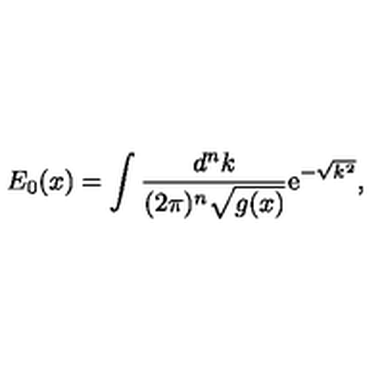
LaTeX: E _ { 0 } ( x ) = \int \frac { d ^ { n } k } { ( 2 \pi ) ^ { n } \sqrt { g ( x ) } } \mathrm { e } ^ { - \sqrt { k ^ { 2 } } } ,